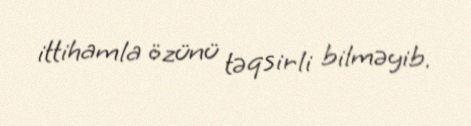
ittihamla özünü təqsirli bilməyib.